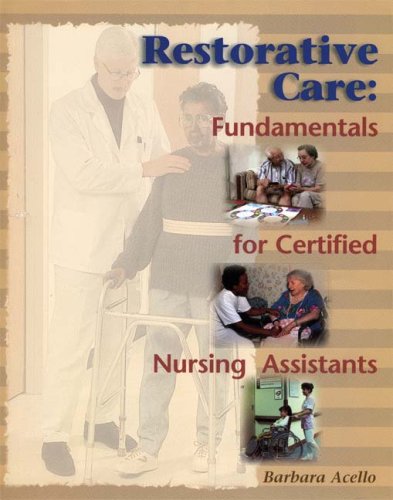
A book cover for Restorative Care: Fundamentals for the Certified Nursing Assistant; Barbara Acello; Medical Books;